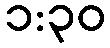
၁:၃၀